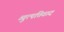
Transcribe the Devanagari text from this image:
व्युत्पत्तिवाद